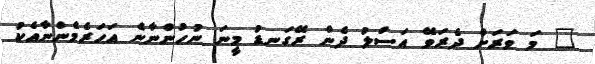
" މަ ވަރަށް ދެރަވޭ އަސްލު ދެން ރޭގަނޑު މީނަ ނުހުންނާނެ އަހަރެމެންނާއެކު